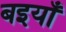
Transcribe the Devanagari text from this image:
बइयाँ